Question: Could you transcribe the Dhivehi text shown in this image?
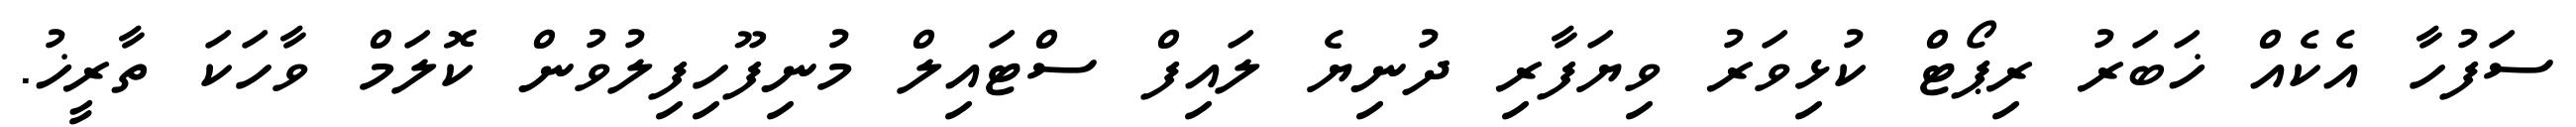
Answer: ސަފުހާ އެކެއް ޚަބަރު ރިޕޯޓް ކުޅިވަރު ވިޔަފާރި ދުނިޔެ ލައިފް ސްޓައިލް މުނިފޫހިފިލުވުން ކޮލަމް ވާހަކަ ތާރީޚު.